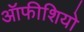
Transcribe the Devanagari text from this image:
ऑफीशियो